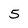
Character: 5